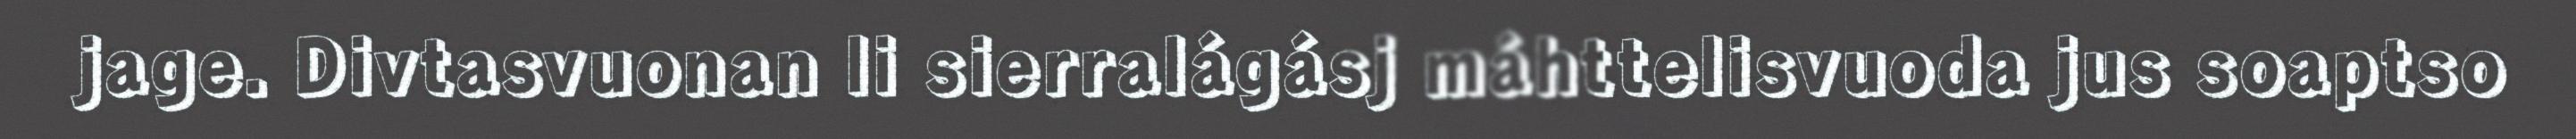
jage. Divtasvuonan li sierralágásj máhttelisvuoda jus soaptso